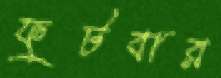
ফুটবার